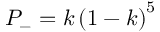
P _ { - } = k \left( 1 - k \right) ^ { 5 }